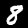
Label: 8